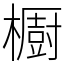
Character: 櫉